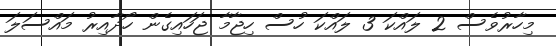
މިހާރުވެސް 2 ލައްކަ 3 ލައްކަ ހުސް ހިޖާމާ ޖަހައިގެން ހޯދާއިރު މައްސަލަ